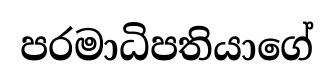
පරමාධිපතියාගේ